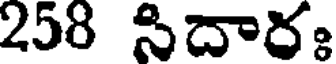
258 సిదారః